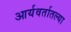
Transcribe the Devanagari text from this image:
आर्यवर्तातल्या